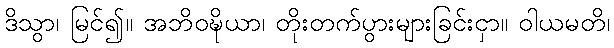
ဒိသွာ၊ မြင်၍။ အဘိဝဍ္ဎိယာ၊ တိုးတက်ပွားများခြင်းငှာ။ ဝါယမတိ၊